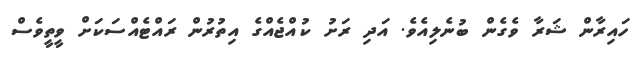
ހައިރާން ޝަރާ ވެގެން ބުނެލިއެވެ. އަދި ރަށު ކުއްޖެއްގެ އިތުރުން ރައްޓެއްސަކަށް ވީތީވެސް